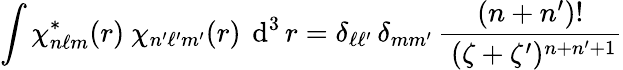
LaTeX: \int\chi_{n\ell m}^{*}(r)~\chi_{n^{\prime}\ell^{\prime}m^{\prime}}(r)~\operatorname{d}^{3}r=\delta_{\ell\ell^{\prime}}\, \delta_{mm^{\prime}}\, {\frac{(n+n^{\prime})!}{~(\zeta+\zeta^{\prime})^{n+n^{\prime}+1}}}